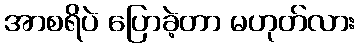
အာစရိပဲ ပြောခဲ့တာ မဟုတ်လား